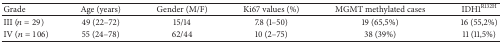
<table><thead><tr><td><b>Grade</b></td><td><b>Age (years)</b></td><td><b>Gender (M/F)</b></td><td><b>Ki67 values (%)</b></td><td><b>MGMT methylated cases</b></td><td><b>IDH1<sup>R132H</sup></b></td></tr></thead><tbody><tr><td>III (<i>n</i> = 29)</td><td>49 (22–72)</td><td>15/14</td><td>7.8 (1–50)</td><td>19 (65,5%)</td><td>16 (55,2%)</td></tr><tr><td>IV (<i>n</i> = 106)</td><td>55 (24–78)</td><td>62/44</td><td>10 (2–75)</td><td>38 (39%)</td><td>11 (11,5%)</td></tr></tbody></table>